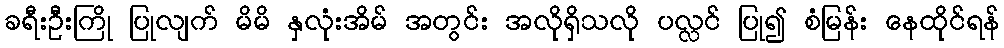
ခရီးဦးကြို ပြုလျက် မိမိ နှလုံးအိမ် အတွင်း အလိုရှိသလို ပလ္လင် ပြု၍ စံမြန်း နေထိုင်ရန်